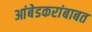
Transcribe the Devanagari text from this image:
आंबेडकरांबाबत